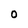
Character: O